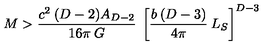
M > \frac { c ^ { 2 } \: ( D - 2 ) A _ { D - 2 } } { 1 6 \pi \: G } \: \left\lbrack \frac { b \: ( D - 3 ) } { 4 \pi } \: L _ { S } \right\rbrack ^ { D - 3 }